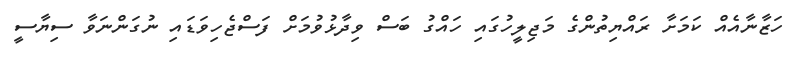
ހަޒާނާއެއް ކަމަށާ ރައްޔިތުންގެ މަޖިލީހުގައި ހައްގު ބަސް ވިދާޅުވުމަށް ފަސްޖެހިވަޑައި ނުގަންނަވާ ސިޔާސީ